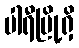
ပါရီမြို့ရှိ